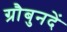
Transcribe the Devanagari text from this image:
ग्रौबुनदें